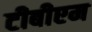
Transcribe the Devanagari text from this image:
टीबीएम